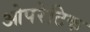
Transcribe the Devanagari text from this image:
ओपरेटिक